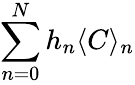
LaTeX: \sum_{n=0}^{N}h_{n}\langle C\rangle_{n}